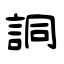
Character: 詷